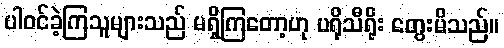
ပါဝင်ခဲ့ကြသူများသည် မရှိကြတော့ဟု ပရိုသီရိုး တွေးမိသည်။